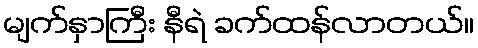
မျက်နှာကြီး နီရဲ ခက်ထန်လာတယ်။